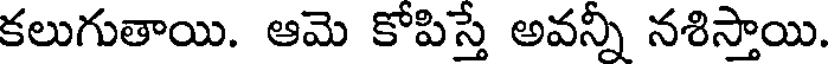
కలుగుతాయి. ఆమె కోపిస్తే అవన్నీ నశిస్తాయి.